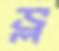
ভ্ল